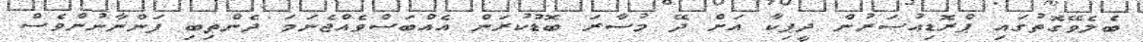
ބެލެވޭގޮތުގައި ޕްރޮޑިއުސަރުން ދީޕިކާ އަށް ދޭ މުސާރަ ބޮޑުކުރަން އެއްބަސްވެއްޖެނަމަ ދެންތިބި ފަންނާނުންވެސް